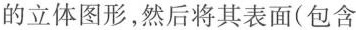
的立体图形，然后将其表面(包含